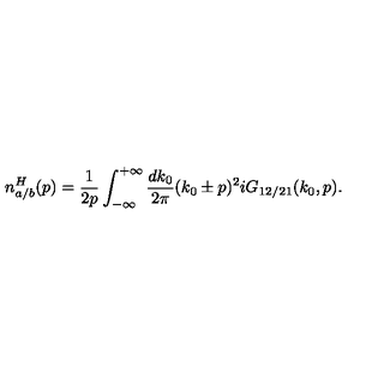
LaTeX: n _ { a / b } ^ { H } ( p ) = \frac { 1 } { 2 p } \int _ { - \infty } ^ { + \infty } \frac { d k _ { 0 } } { 2 \pi } ( k _ { 0 } \pm p ) ^ { 2 } i G _ { 1 2 / 2 1 } ( k _ { 0 } , p ) .